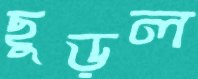
ছুড়ল